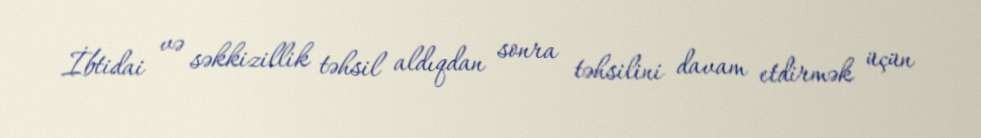
İbtidai və səkkizillik təhsil aldıqdan sonra təhsilini davam etdirmək üçün